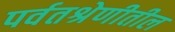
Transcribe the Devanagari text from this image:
पर्वतश्रेणीतील